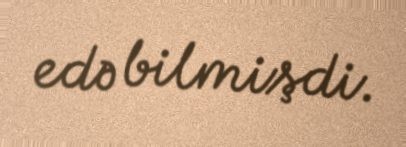
edə bilmişdi.